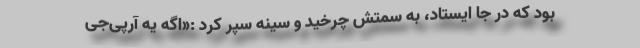
بود که در جا ایستاد، به سمتش چرخید و سینه سپر کرد :«اگه یه آرپی‌جی